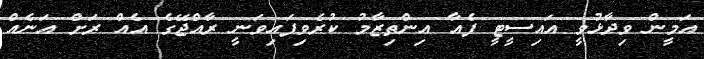
އަމީން ވިދާޅުވީ އައިސީޓީ ފެއާ އިންތިޒާމު ކުރެވިފައިވަނީ ރާއްޖޭގެ އެއް ރަށް އަނެއް